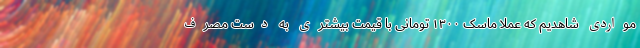
مواردی شاهدیم که عملا ماسک ۱۳۰۰ تومانی با قیمت بیشتری به دست مصرف